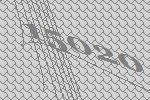
15020